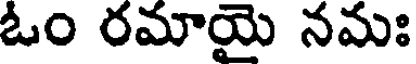
ఓం రమాయై నమః